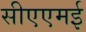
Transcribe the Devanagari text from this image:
सीएएमई